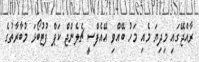
ރާއްޖޭގައި މިދިޔަ މެއި މަހު ބޭއްވި އޭއެފްސީ ޗެލެންޖް ކަޕް ފުޓުބޯޅަ މުބާރާތުގެ